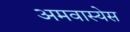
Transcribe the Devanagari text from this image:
अमवास्येस